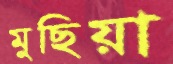
মুছিয়া